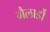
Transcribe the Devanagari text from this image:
गैलार्डो